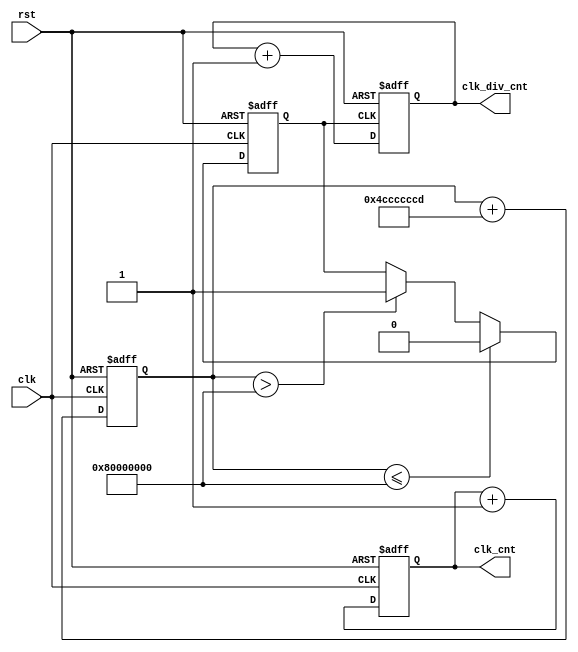
`define cnt_bit 32
module divider6(
           input clk,
           input rst,
           output reg [`cnt_bit-1:0] clk_div_cnt,
           output reg [`cnt_bit-1:0] clk_cnt
       );

reg [`cnt_bit-1:0] cnt;
reg clk_div;

always@(posedge clk,posedge rst)
begin
    if(rst)
    begin
        cnt <= `cnt_bit'd0;
    end
    else
    begin
        cnt <= cnt + `cnt_bit'd1288490189;
    end
end

always@(posedge clk , posedge rst)
begin
    if(rst)
    begin
        clk_div <= 1'd0;
    end
    else
    begin
        if(cnt <= `cnt_bit'd2147483648)
        begin
            clk_div <= 1'd0;
        end
        else if(cnt > `cnt_bit'd2147483648)
        begin
            clk_div <= 1'd1;
        end
    end
end

/*verify*/
always@(posedge clk_div, posedge rst)
begin
    if(rst)
    begin
        clk_div_cnt <= `cnt_bit'd0;
    end
    else
    begin
        clk_div_cnt <= clk_div_cnt + `cnt_bit'd1;
    end
end

always@(posedge clk, posedge rst)
begin
    if(rst)
    begin
        clk_cnt <= `cnt_bit'd0;
    end
    else
    begin
        clk_cnt <= clk_cnt + `cnt_bit'd1;
    end
end

endmodule